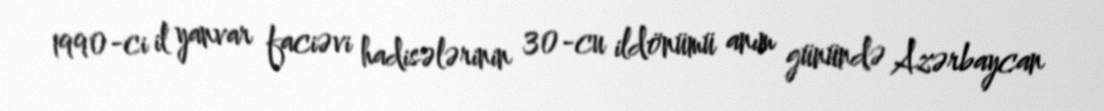
1990-ci il yanvar faciəvi hadisələrinin 30-cu ildönümü anım günündə Azərbaycan